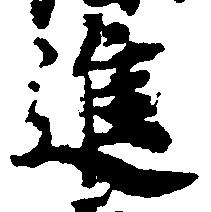
進